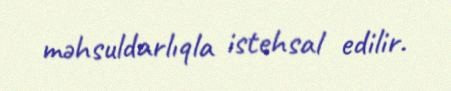
məhsuldarlıqla istehsal edilir.